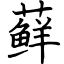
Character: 藓